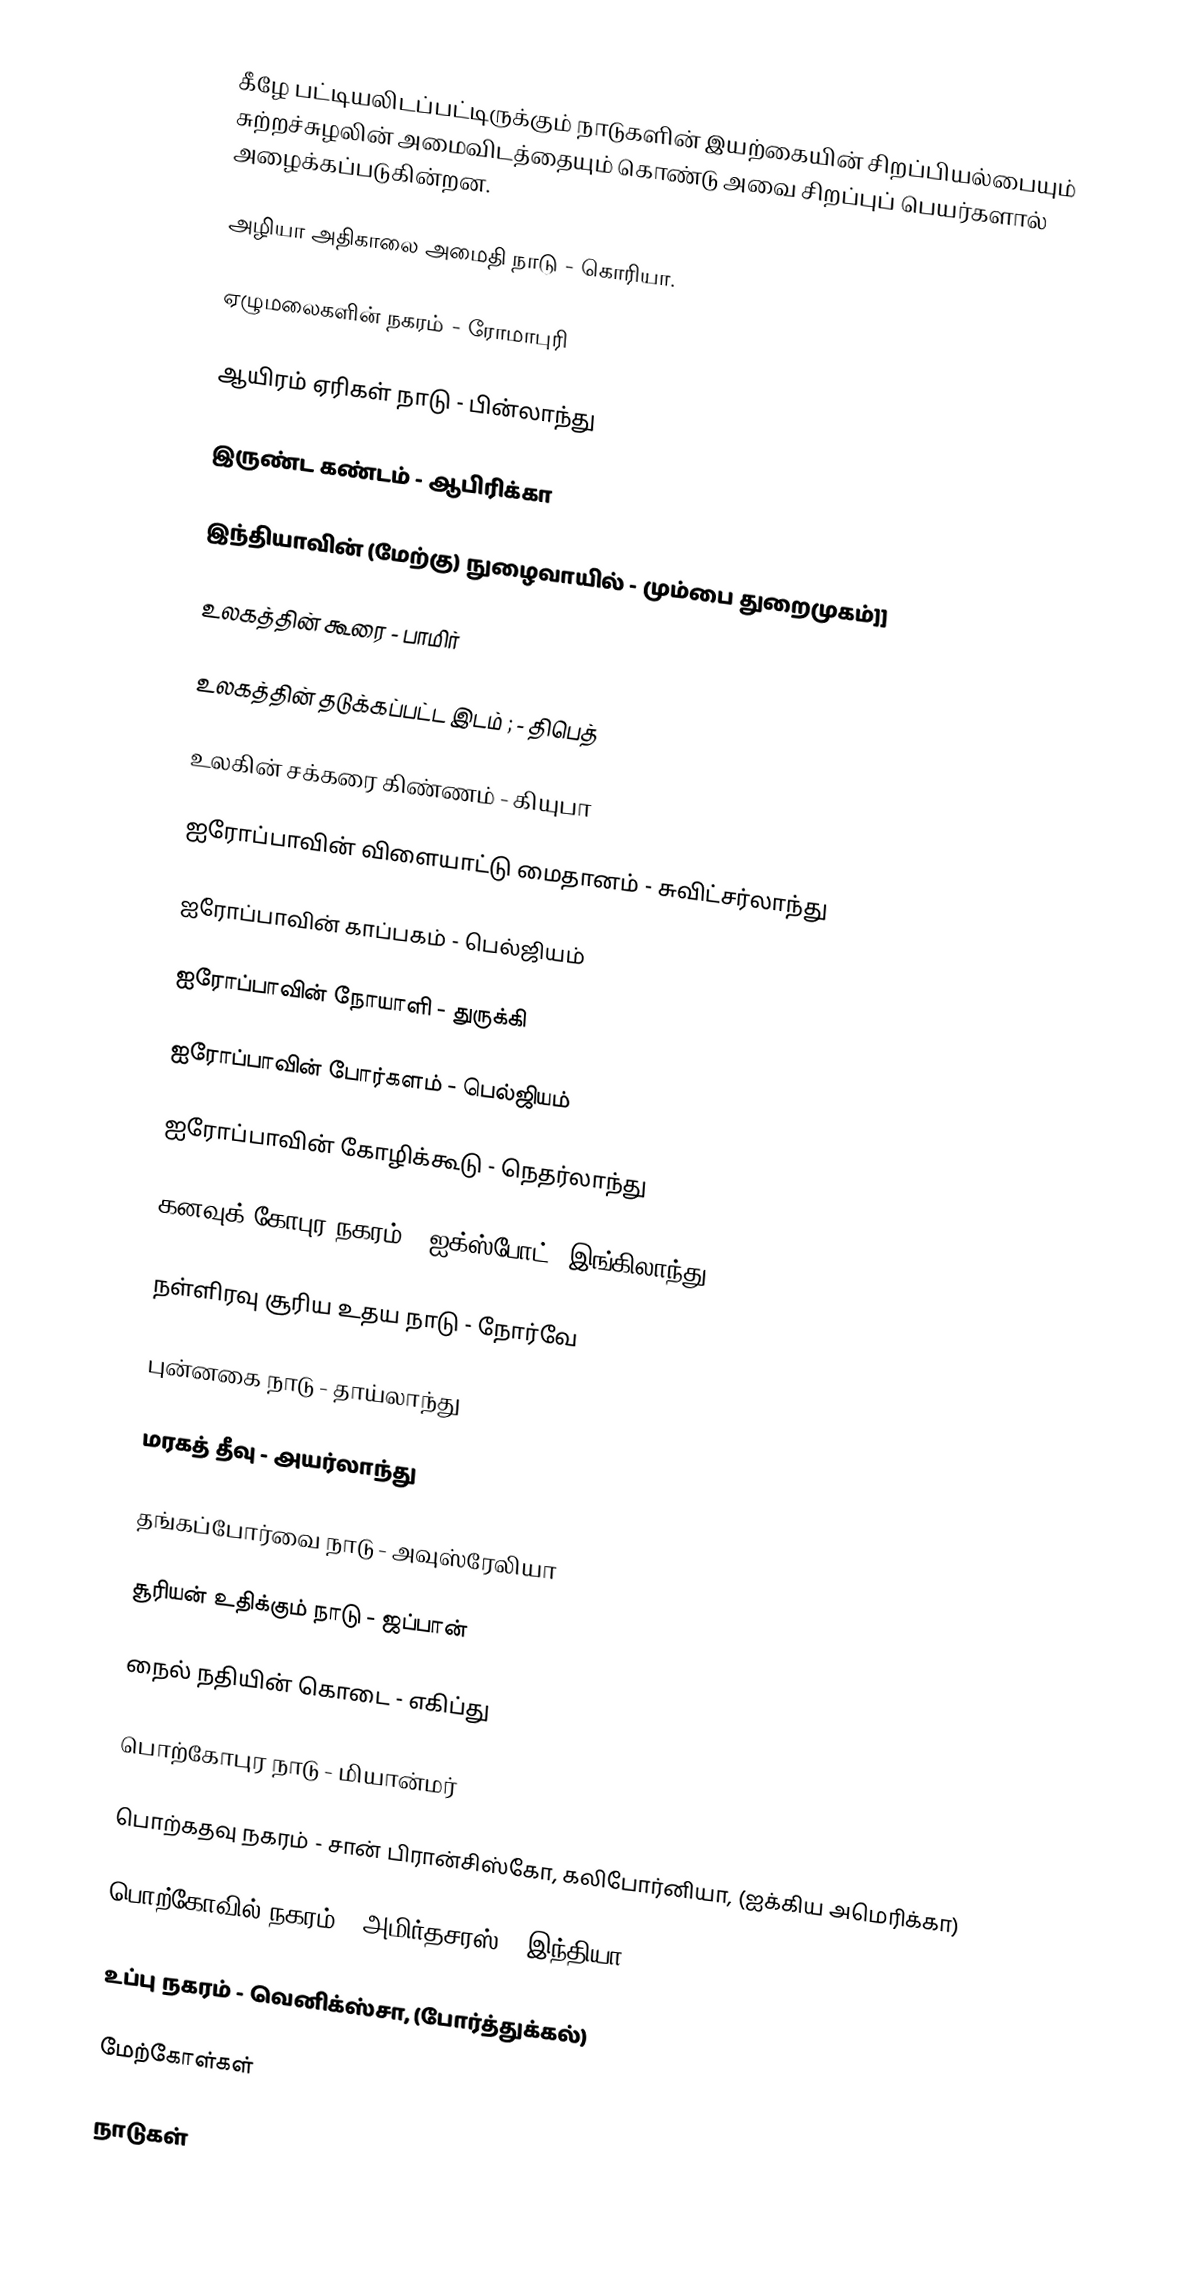
கீழே பட்டியலிடப்பட்டிருக்கும் நாடுகளின் இயற்கையின் சிறப்பியல்பையும் சுற்றச்சுழலின் அமைவிடத்தையும் கொண்டு அவை சிறப்புப் பெயர்களால் அழைக்கப்படுகின்றன.

அழியா அதிகாலை அமைதி நாடு - கொரியா.

ஏழுமலைகளின் நகரம் - ரோமாபுரி

ஆயிரம் ஏரிகள் நாடு - பின்லாந்து

இருண்ட கண்டம் - ஆபிரிக்கா

இந்தியாவின் (மேற்கு) நுழைவாயில் - மும்பை துறைமுகம்]]

உலகத்தின் கூரை - பாமிர்

உலகத்தின் தடுக்கப்பட்ட இடம் ; - திபெத்

உலகின் சக்கரை கிண்ணம் - கியுபா

ஐரோப்பாவின் விளையாட்டு மைதானம் - சுவிட்சர்லாந்து

ஐரோப்பாவின் காப்பகம் - பெல்ஜியம்

ஐரோப்பாவின் நோயாளி - துருக்கி

ஐரோப்பாவின் போர்களம் - பெல்ஜியம்

ஐரோப்பாவின் கோழிக்கூடு - நெதர்லாந்து

கனவுக் கோபுர நகரம் - ஐக்ஸ்போட் (இங்கிலாந்து)

நள்ளிரவு சூரிய உதய நாடு - நோர்வே

புன்னகை நாடு - தாய்லாந்து

மரகத் தீவு - அயர்லாந்து

தங்கப்போர்வை நாடு - அவுஸ்ரேலியா

சூரியன் உதிக்கும் நாடு - ஜப்பான்

நைல் நதியின் கொடை - எகிப்து

பொற்கோபுர நாடு - மியான்மர்

பொற்கதவு நகரம் - சான் பிரான்சிஸ்கோ, கலிபோர்னியா, (ஐக்கிய அமெரிக்கா)

பொற்கோவில் நகரம் - அமிர்தசரஸ், (இந்தியா)

உப்பு நகரம் - வெனிக்ஸ்சா, (போர்த்துக்கல்)

மேற்கோள்கள்

நாடுகள்